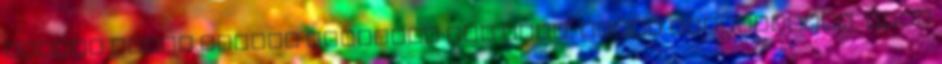
minden vonat késett legalább fél órát, ezért gyanítottam, hogy